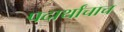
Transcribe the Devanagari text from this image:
पदार्थांचाच